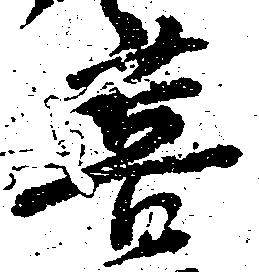
菩